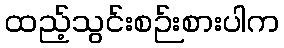
ထည့်သွင်းစဉ်းစားပါက